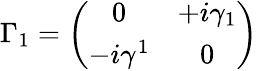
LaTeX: \Gamma_{1}=\left(\begin{array}{cc}{{0}}&{{+i\gamma_{1}}}\\ {{-i\gamma^{1}}}&{{0}}\end{array}\right)